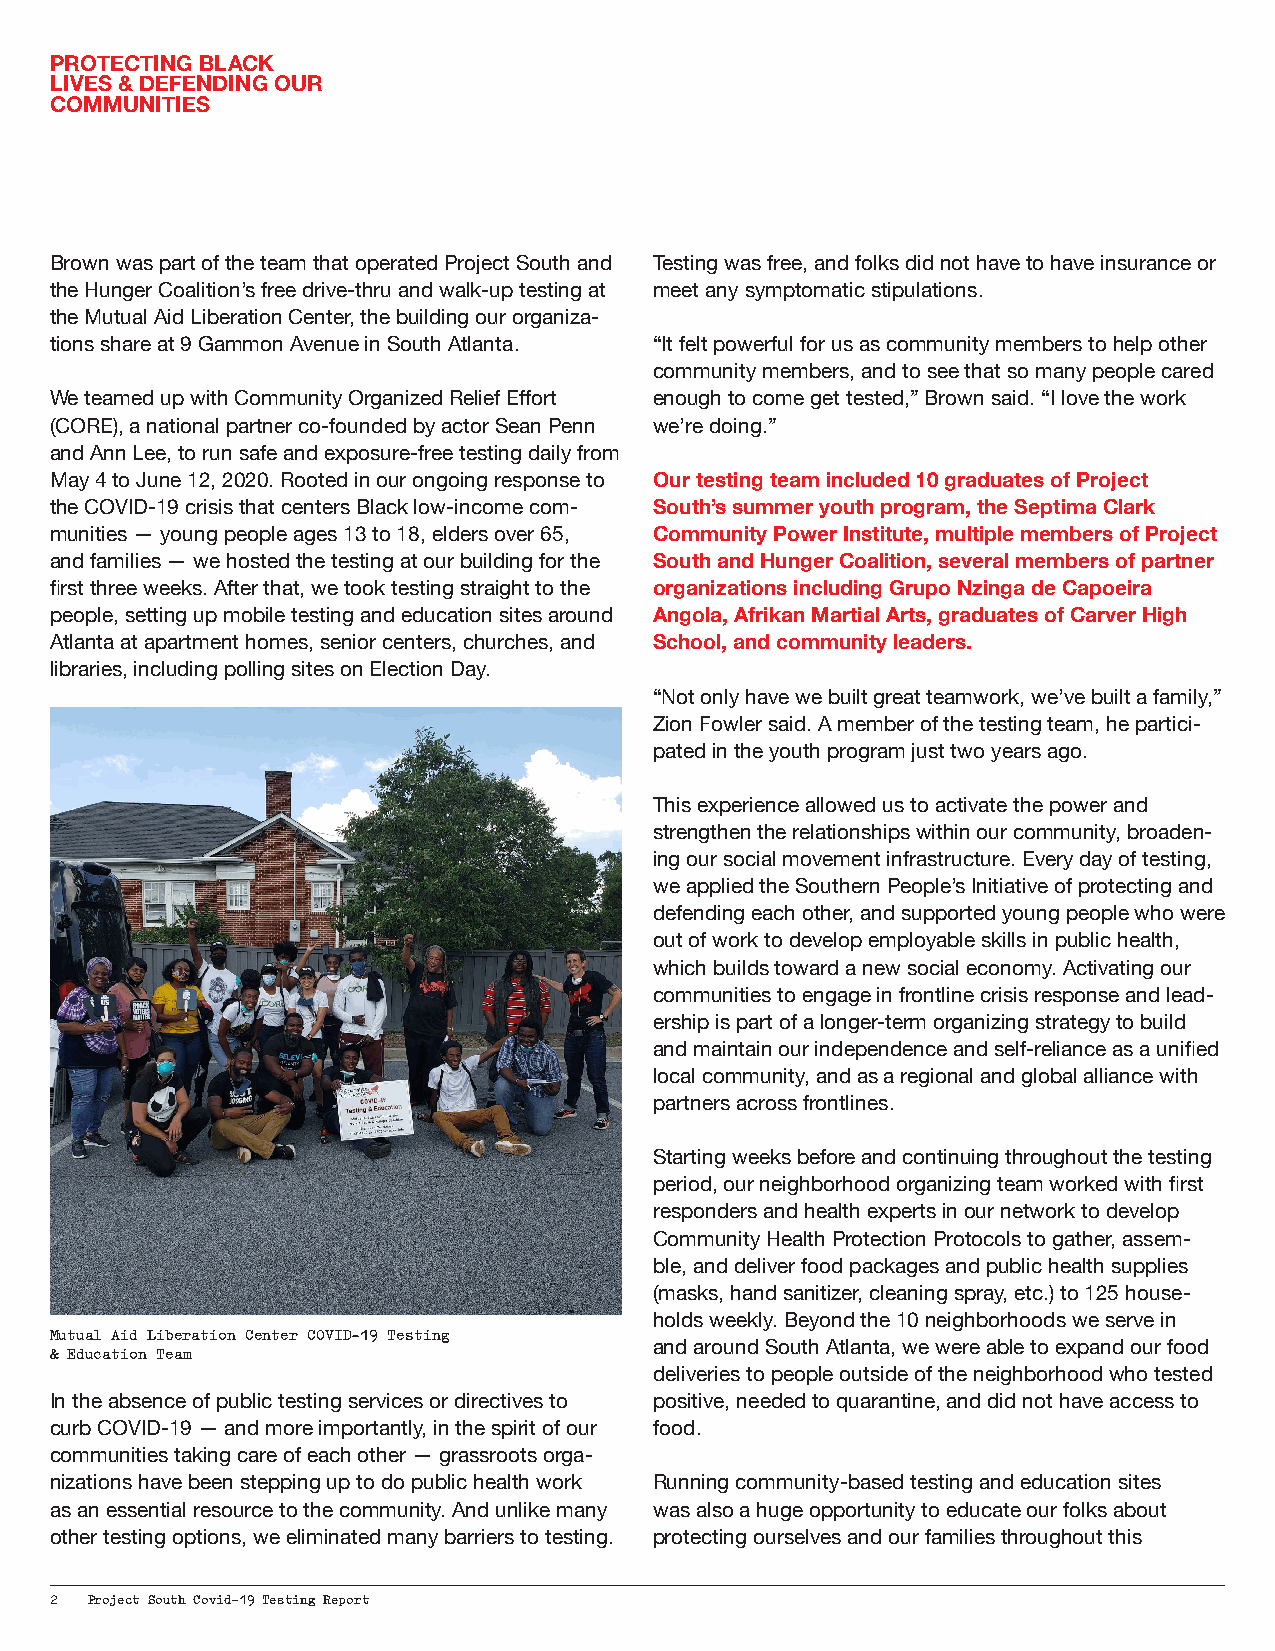
PROTECTING BLACK
 LIVES & DEFENDING OUR
 COMMUNITIES
 Brown was part of the team that operated Project South and Testing was free, and folks did not have to have insurance or
 the Hunger Coalition’s free drive-thru and walk-up testing at meet any symptomatic stipulations.
 the Mutual Aid Liberation Center, the building our organiza-
 tions share at 9 Gammon Avenue in South Atlanta. “It felt powerful for us as community members to help other
 community members, and to see that so many people cared
 We teamed up with Community Organized Relief Effort enough to come get tested,” Brown said. “I love the work
 (CORE), a national partner co-founded by actor Sean Penn we’re doing.”
 and Ann Lee, to run safe and exposure-free testing daily from
 May 4 to June 12, 2020. Rooted in our ongoing response to Our testing team included 10 graduates of Project
 the COVID-19 crisis that centers Black low-income com- South’s summer youth program, the Septima Clark
 munities — young people ages 13 to 18, elders over 65, Community Power Institute, multiple members of Project
 and families — we hosted the testing at our building for the South and Hunger Coalition, several members of partner
 first three weeks. After that, we took testing straight to the organizations including Grupo Nzinga de Capoeira
 people, setting up mobile testing and education sites around Angola, Afrikan Martial Arts, graduates of Carver High
 Atlanta at apartment homes, senior centers, churches, and School, and community leaders.
 libraries, including polling sites on Election Day.
 “Not only have we built great teamwork, we’ve built a family,”
 Zion Fowler said. A member of the testing team, he partici-
 pated in the youth program just two years ago.
 This experience allowed us to activate the power and
 strengthen the relationships within our community, broaden-
 ing our social movement infrastructure. Every day of testing,
 we applied the Southern People’s Initiative of protecting and
 defending each other, and supported young people who were
 out of work to develop employable skills in public health,
 which builds toward a new social economy. Activating our
 communities to engage in frontline crisis response and lead-
 ership is part of a longer-term organizing strategy to build
 and maintain our independence and self-reliance as a unified
 local community, and as a regional and global alliance with
 partners across frontlines.
 Starting weeks before and continuing throughout the testing
 period, our neighborhood organizing team worked with first
 responders and health experts in our network to develop
 Community Health Protection Protocols to gather, assem-
 ble, and deliver food packages and public health supplies
 (masks, hand sanitizer, cleaning spray, etc.) to 125 house-
 holds weekly. Beyond the 10 neighborhoods we serve in
 Mutual Aid Liberation Center COVID-19 Testing
 & Education Team                        and around South Atlanta, we were able to expand our food
 deliveries to people outside of the neighborhood who tested
 In the absence of public testing services or directives to positive, needed to quarantine, and did not have access to
 curb COVID-19 — and more importantly, in the spirit of our food.
 communities taking care of each other — grassroots orga-
 nizations have been stepping up to do public health work Running community-based testing and education sites
 as an essential resource to the community. And unlike many was also a huge opportunity to educate our folks about
 other testing options, we eliminated many barriers to testing. protecting ourselves and our families throughout this
 2  Project South Covid-19 Testing Report